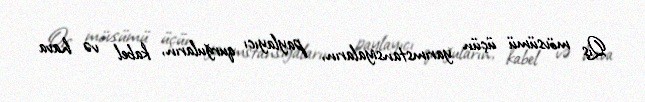
Qış mövsümü üçün yarımstansiyaların, paylayıcı qurğuların, kabel və hava